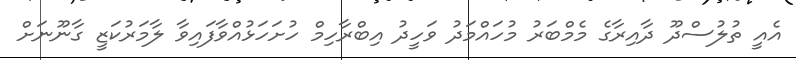
އެއީ ތުލުސްދޫ ދާއިރާގެ މެމްބަރު މުހައްމަދު ވަހީދު އިބްރާހިމް ހުށަހަޅުއްވާފައިވާ ލާމަރުކަޒީ ގާނޫނަށް